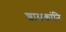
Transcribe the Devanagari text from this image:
शासकांनि